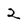
Character: 2